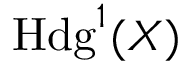
\operatorname { H d g } ^ { 1 } ( X )